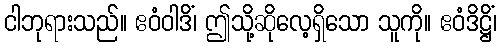
ငါဘုရားသည်။ ဧဝံဝါဒိံ၊ ဤသို့ဆိုလေ့ရှိသော သူကို။ ဧဝံဒိဋ္ဌိံ၊